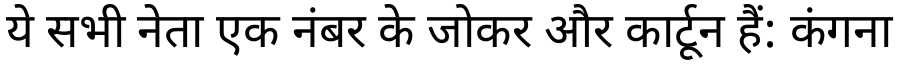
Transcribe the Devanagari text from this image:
ये सभी नेता एक नंबर के जोकर और कार्टून हैं: कंगना